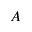
A